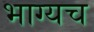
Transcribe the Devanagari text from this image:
भाग्यच